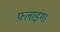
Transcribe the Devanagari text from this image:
फ़्लाइंग।